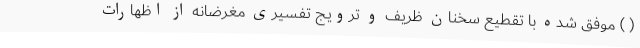
( ) موفق شده با تقطیع سخنان ظریف و ترویج تفسیری مغرضانه از اظهارات